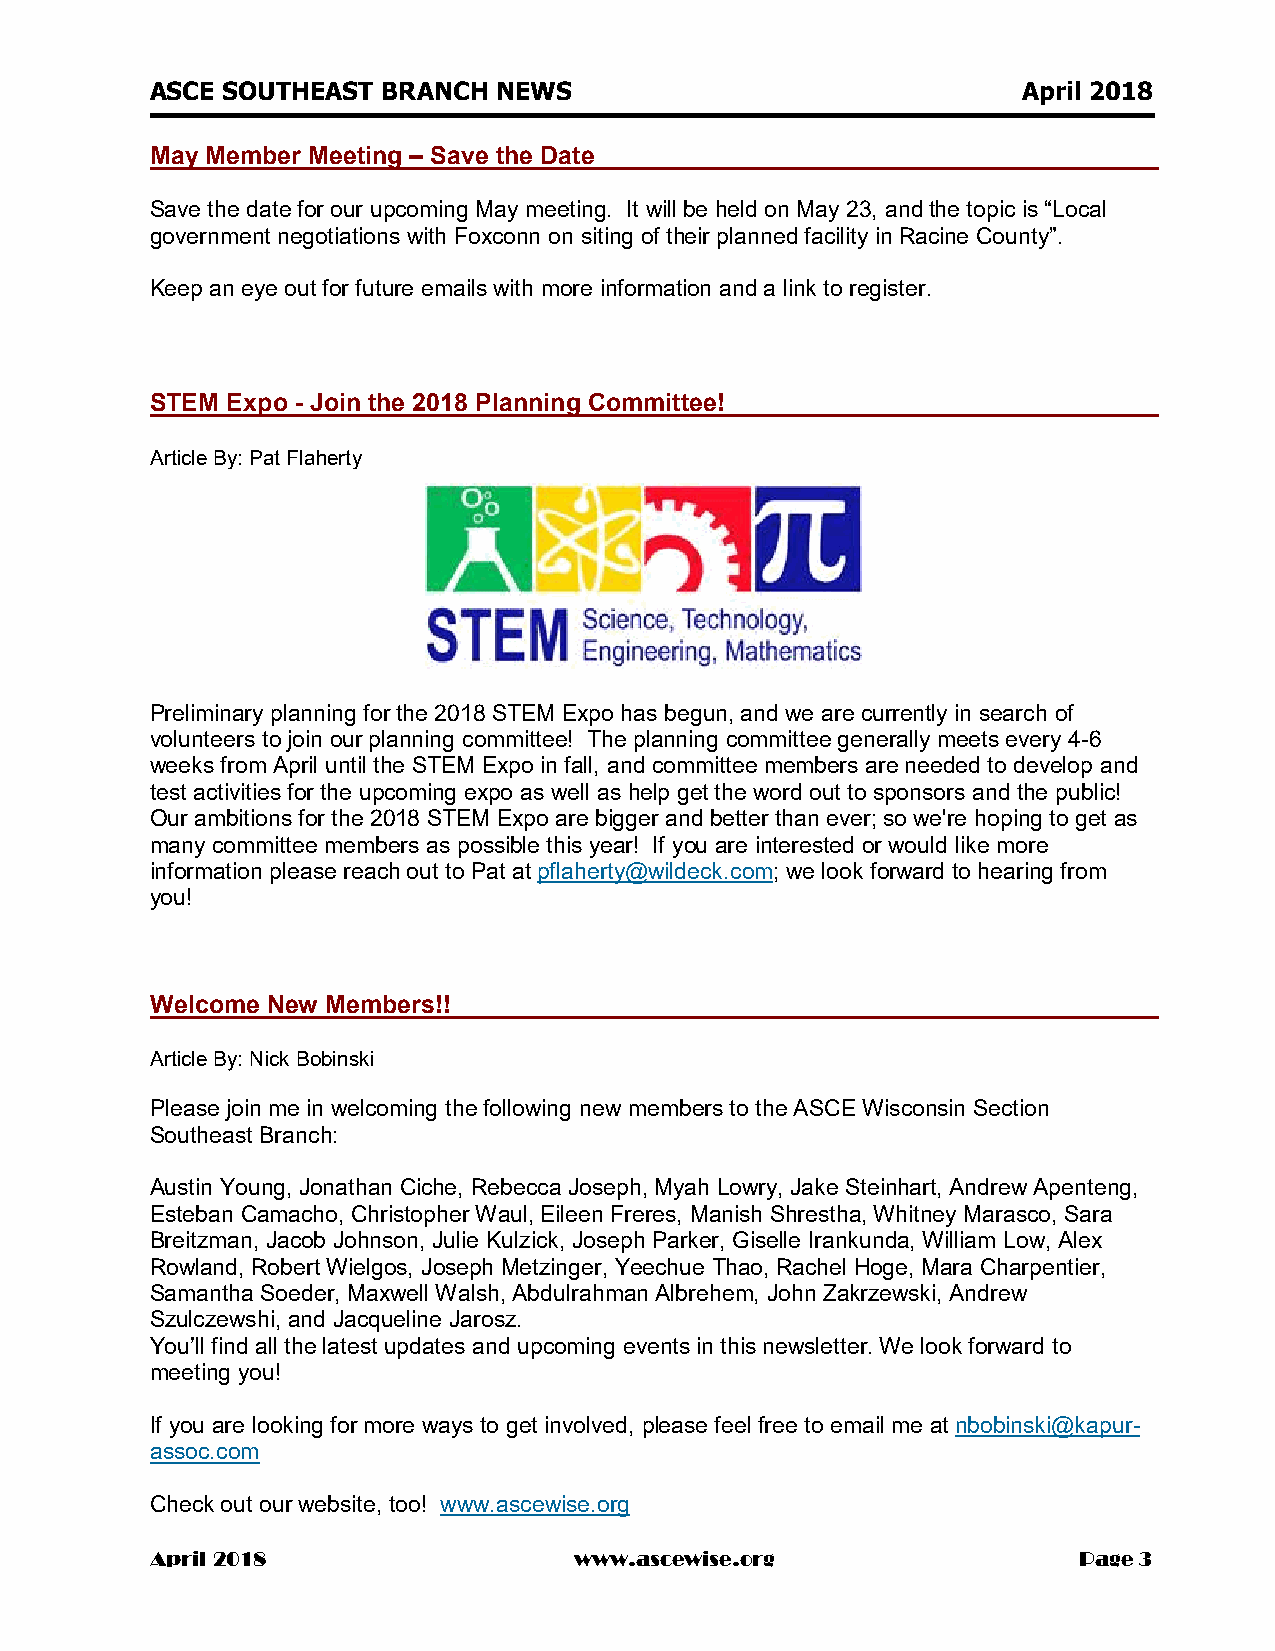
ASCE SOUTHEAST BRANCH  NEWS                               April 2018
 May Member Meeting – Save the Date
 Save the date for our upcoming May meeting. It will be held on May 23, and the topic is “Local
 government negotiations with Foxconn on siting of their planned facility in Racine County”.
 Keep an eye out for future emails with more information and a link to register.
 STEM Expo - Join the 2018 Planning Committee!
 Article By: Pat Flaherty
 Preliminary planning for the 2018 STEM Expo has begun, and we are currently in search of
 volunteers to join our planning committee! The planning committee generally meets every 4-6
 weeks from April until the STEM Expo in fall, and committee members are needed to develop and
 test activities for the upcoming expo as well as help get the word out to sponsors and the public!
 Our ambitions for the 2018 STEM Expo are bigger and better than ever; so we're hoping to get as
 many committee members as possible this year! If you are interested or would like more
 information please reach out to Pat at pflaherty@wildeck.com; we look forward to hearing from
 you!
 Welcome New Members!!
 Article By: Nick Bobinski
 Please join me in welcoming the following new members to the ASCE Wisconsin Section
 Southeast Branch:
 Austin Young, Jonathan Ciche, Rebecca Joseph, Myah Lowry, Jake Steinhart, Andrew Apenteng,
 Esteban Camacho, Christopher Waul, Eileen Freres, Manish Shrestha, Whitney Marasco, Sara
 Breitzman, Jacob Johnson, Julie Kulzick, Joseph Parker, Giselle Irankunda, William Low, Alex
 Rowland, Robert Wielgos, Joseph Metzinger, Yeechue Thao, Rachel Hoge, Mara Charpentier,
 Samantha Soeder, Maxwell Walsh, Abdulrahman Albrehem, John Zakrzewski, Andrew
 Szulczewshi, and Jacqueline Jarosz.
 You’ll find all the latest updates and upcoming events in this newsletter. We look forward to
 meeting you!
 If you are looking for more ways to get involved, please feel free to email me at nbobinski@kapur-
 assoc.com
 Check out our website, too! www.ascewise.org
 April 2018                  www.ascewise.org                 Page 3